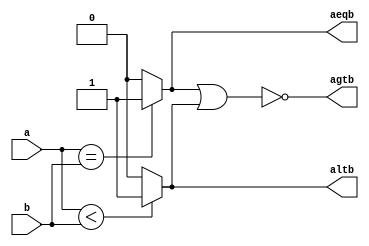
/* same as the full comparator eff1 but the equal the circuit is smaller and works faster*/

module full_comparator_eff2 #(parameter width = 8)
(
input		[width-1:0]a,
input		[width-1:0]b,
output		agtb,
output		altb,
output		aeqb
);

wire eq ;
wire lt;

assign eq	 = (a ==b ) ? 1 :0;
assign lt	 =  (a<b) ? 1 : 0;

assign aeqb 	 = eq;
assign altb 	 = lt;
assign agtb 	 = !(eq || lt);

endmodule